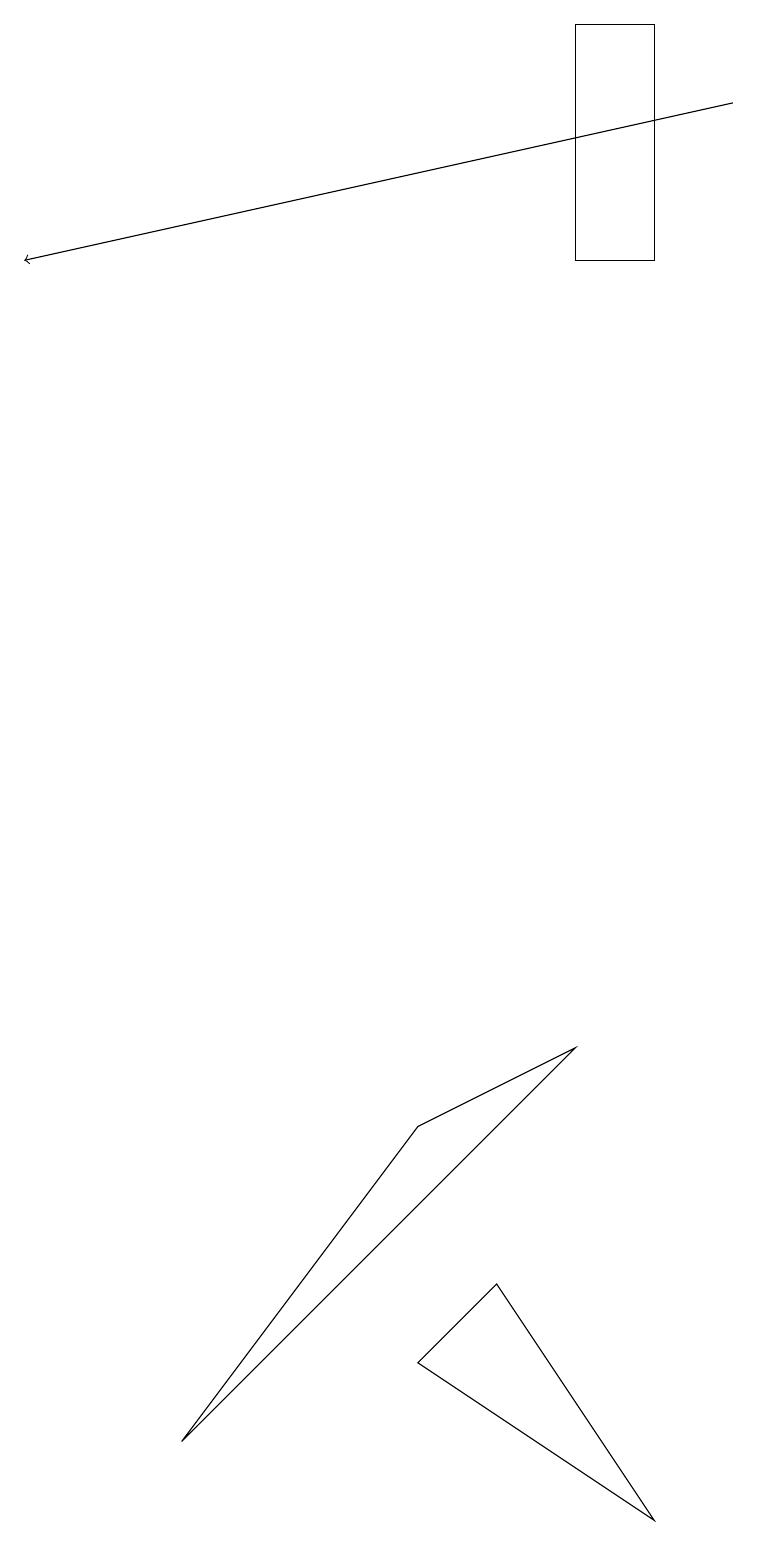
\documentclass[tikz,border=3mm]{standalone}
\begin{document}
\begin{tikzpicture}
\draw (5,2) -- (6,3) -- (8,0) -- cycle;
\draw[->] (9,18) -- (0,16);
\draw (8,19) rectangle (7,16);
\draw (2,1) -- (7,6) -- (5,5) -- cycle;
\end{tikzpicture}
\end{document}